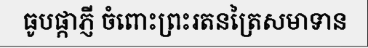
ធូបផ្កាភ្ញី ចំពោះព្រះរតនត្រៃសមាទាន